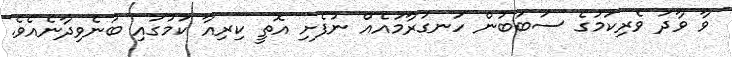
ވާ ވާދަ ވެރިކަމުގެ ސަބަބުން ހަނގުރާމައެއް ނުފެށި އޮތީ ކިރިއާ ކަމުގައި ބުނެވިދާނެއެވެ.